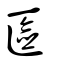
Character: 匳